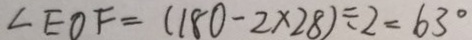
\angle E O F = ( 1 8 0 - 2 \times 2 8 ) \div 2 = 6 3 ^ { \circ }